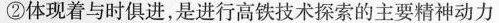
②体现着与时俱进，是进行高铁技术探索的主要精神动力